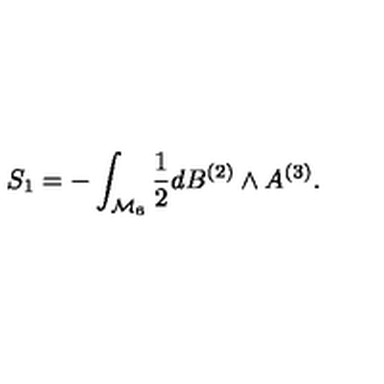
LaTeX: S _ { 1 } = - \int _ { { \cal M } _ { 6 } } { \frac { 1 } { 2 } } d B ^ { ( 2 ) } \wedge A ^ { ( 3 ) } .